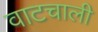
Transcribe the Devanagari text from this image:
वाटचाली